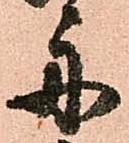
舟